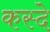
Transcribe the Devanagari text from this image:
कस्दे